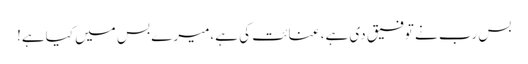
بس رب نے توفیق دی ہے، عنائت کی ہے،میرے بس میں کیاہے!